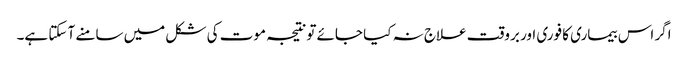
اگر اس بیماری کا فوری اور بروقت علاج نہ کیا جائے تونتیجہ موت کی شکل میں سامنے آ سکتا ہے۔